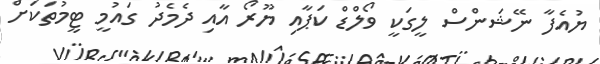
ޔުއެފާ ނޭޝަންސް ލީގަކީ ވޯލްޑް ކަޕާއި ޔޫރޯ އާއި ދެމެދު ގައުމީ ޓީމުތަކަށް